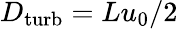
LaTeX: D_{\mathrm{turb}}=Lu_{0}/2